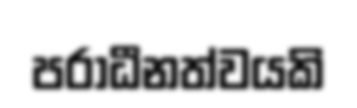
පරාධීනත්වයකි